Calcutta medical institutions reports 1871-78
Year: 1871
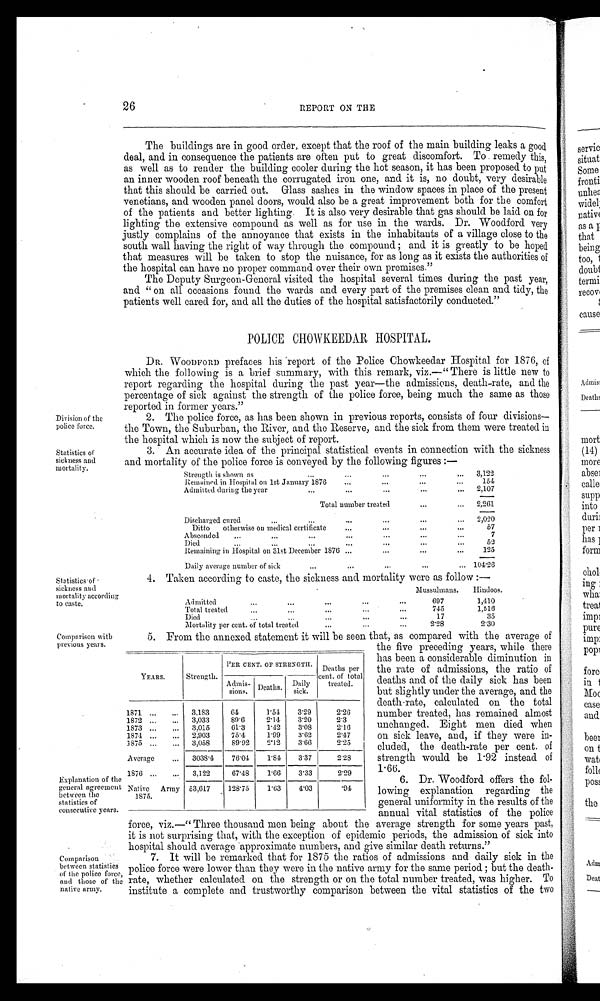
Division of the
police force.
Statistics of
sickness and
mortality.
Statistics .of -
sickness and
mortality according
to caste.
26
REPORT ON THE
The buildings are in good order, except that the roof of the main building leaks a good
deal, and in consequence the patients are often put to great discomfort. To remedy this,
as well as to render the building cooler during the hot season, it has been proposed to put
an inner wooden roof beneath the corrugated iron one, and it is, no doubt, very desirable
that this should be carried out. Glass sashes in the window spaces in place of the present
venetians, and wooden panel doors, would also be a great improvement both for the comfort
of the patients and better lighting. It is also very desirable that gas should be laid on for
lighting the extensive compound as well as for use in the wards. Dr. Woodford very
justly complains of the annoyance that exists in the inhabitants of a village close to the
south wall having the right of way through the compound; and it is greatly to be hoped
that measures will be taken to stop the nuisance, for as long as it exists the authorities of
the hospital can have no proper command over their own premises."
The Deputy Surgeon-General visited the hospital several times during the past year,
and "on all occasions found the wards and every part of the premises clean and tidy, the
patients well cared for, and all the duties of the hospital satisfactorily conducted."
POLICE CHOWKEEDAR HOSPITAL.
DR. WOODFORD prefaces his report of the Police Chowkeedar Hospital for 1876, of
which the following is a brief summary, with this remark, viz.—"There is little new to
report regarding the hospital during the past year—the admissions, death-rate, and the
percentage of sick against the strength of the police force, being much the same as those
reported in f o r m e r y e a r s . "
2. The police force, as has been shown in previous reports, consists of tour divisions
— t h e T o w n , t h e S u b u r b a n , t h e R i v e r , a n d t h e R e s e r v e , a n d t h e s i c k f r o m t h e m w e r e t r e a t e d i n
the hospital which is now the subject of report.
3. An accurate idea of the principal statistical events in connection with the sickness
and mortality of the police force is conveyed by the following figures:—
Strength is shown as
...
Remained in Hospital on 1st January 1876
Admitted during the year
...
...
...
...
...
...
...
...
...
...
. . .
...
3,122
154
2,107
Total number treated
. . .
...
2 , 2 6 1
Discharged cured
...
...
...
...
. . .
2 , 0 2 0
Ditto otherwise on medical certificate
...
...
...
...
57
Absconded
...
...
...
...
...
...
...
7
Died
...
...
...
...
...
. . .
...
52
Remaining in Hospital on 31st December 1876 ...
. . .
...
...
125
Daily average number of sick
...
...
...
...
... 104·26
4. Taken according to caste, the sickness and mortality were as follow:—
Admitted ...
...
...
...
...
Mussulmans.
697
Hindoos.
1,410
Total treated ...
... ...
. . .
. . .
745
1,516
Di ed . . . . . .
...
. . .
...
1 7
3 5
Mortality per cent. of total treated ...
...
...
2·28
2·30
Comparison with
previous years.
5. From the annexed statement it will be seen that, as compared with the average of
the five preceding years, while there
Explanation of the
general agreement
between the
statistics of
consecutive years.
Comparison
between statistics
of the police force,
and those of the
native army.
has been a considerable diminution in
the rate of admissions, the ratio of
deaths and of the daily sick has been
but slightly under the average, and the
death-rate, calculated on the total
number treated, has remained almost
unchanged. Eight men died when
on sick leave, and, if they were in-
cluded, the death-rate per cent. of
strength would be 1'92 instead of
1'66.
6. Dr. Woodford offers the fol-
lowing explanation regarding the
general uniformity in the results of the
annual vital statistics of the police
force, viz.—"Three thousand men being about the average strength for some years past,
it is not surprising that, with the exception of epidemic periods, the admission of sick into
hospital should average approximate numbers, and give similar death returns."
7. It will be remarked that for 1875 the ratios of admissions and daily sick in the
police force were lower than they were in the native army for the same period; but the death
- r a t e , w h e t h e r c a l c u l a t e d o n t h e s t r e n g t h o r o n t h e t o t a l n u m b e r t r e a t e d , w a s h i g h e r . T o
institute a complete and trustworthy comparison between the vital statistics of the two
YEARS.
Strength.
PER CENT. OF STRENGTH. Deaths per
cent. of total
treated.
Admis-
sions.
Deaths. Daily
sick.
1871 ...
... 3,183
61
1·54
3·29
2· 26
1872 ...
. . . 3,033
89·6
2·14
3·20
2·3
1873 ...
... 3,015
61·3
1·42
3·08
2·16
1874 ...
... 2,903
75·4
1·99
3·62
2· 47
1875 ... ... 3,058
89·92
2·12
3·66
2·25
Average
... 3038·4
76·04
1·84
3·37
2·28
1876 ... ... 3,122
67·48
1·66
3·33
2·29
Native Army
1875.
53,617
128·75
1·63
4·03
·94